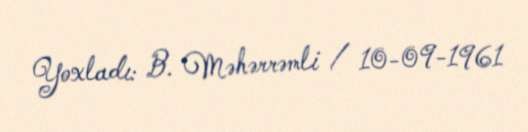
Yoxladı: B. Məhərrəmli / 10-09-1961